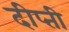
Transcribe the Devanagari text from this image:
दीप्‍ती